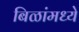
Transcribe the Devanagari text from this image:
बिळांमध्ये